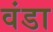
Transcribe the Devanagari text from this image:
वंडा